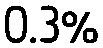
0.3%